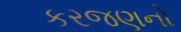
કરજણનો